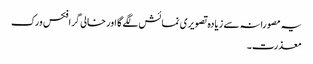
یہ مصورانہ سے زیادہ تصویری نمائش لگے گا اور خالی گرافکس ورک
معذرت۔